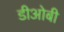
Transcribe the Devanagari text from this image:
डीओबी